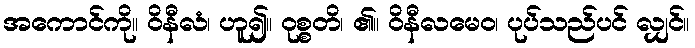
အကောင်ကို။ ဝိနီလံ၊ ဟူ၍။ ဝုစ္စတိ၊ ၏။ ဝိနီလမေဝ၊ ပုပ်သည်ပင် လျှင်။